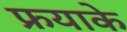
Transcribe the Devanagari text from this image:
फ्रयाके